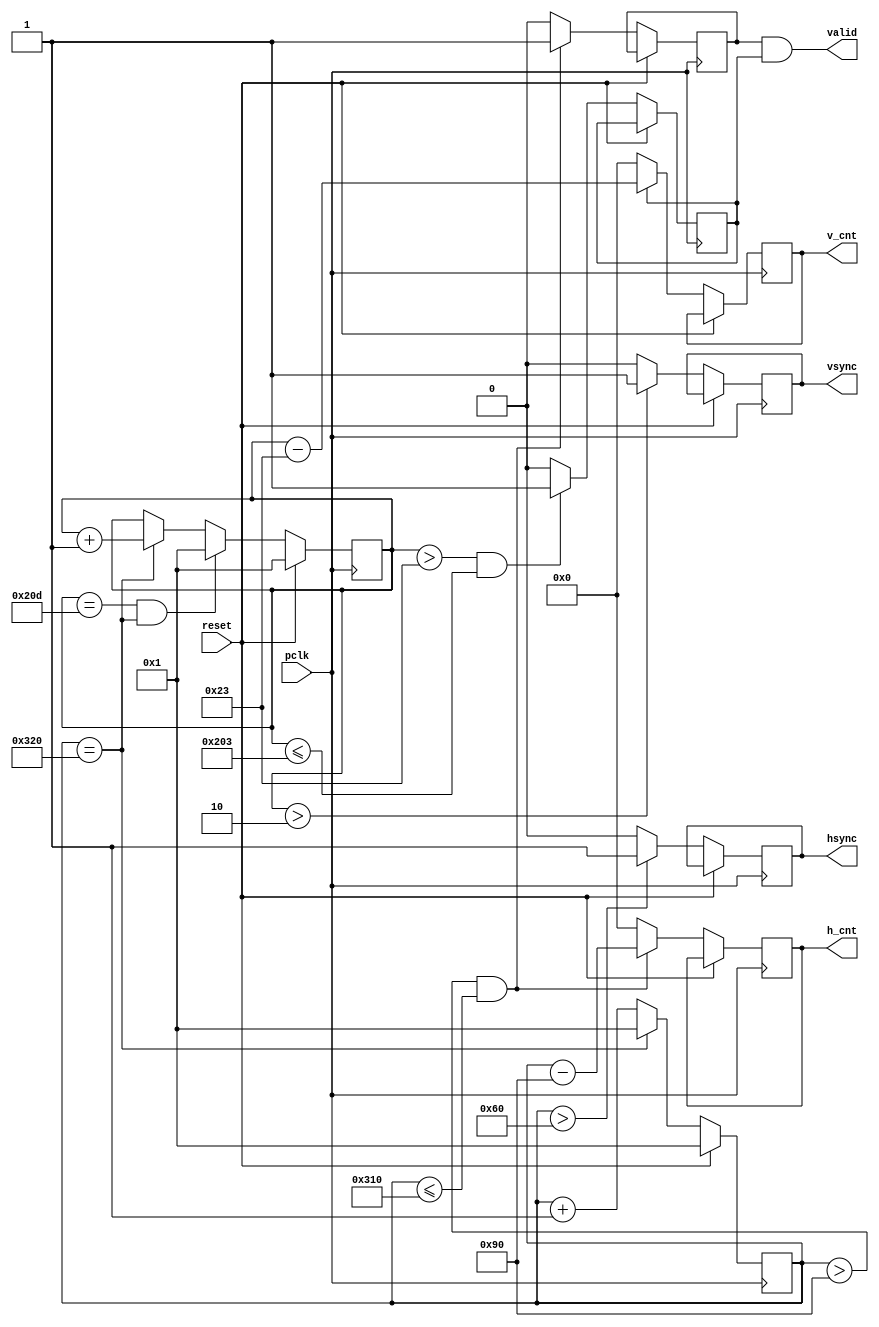
`timescale 1ns / 1ps
//////////////////////////////////////////////////////////////////////////////////
// Company: 
// Engineer: 
// 
// Design Name: 
// Module Name: vga_640x480_vh
// Project Name: 
// Target Devices: 
// Tool Versions: 
// Description: 
// VGAhsyncvsynch_cntv_cnt
// Dependencies: 
// 
// Revision:
// Revision 0.01 - File Created
// Additional Comments:
// 
//////////////////////////////////////////////////////////////////////////////////


module vga_640x480_vh(
	input pclk,
	input reset,
	output hsync,
	output vsync,
	output valid,
	output [9:0] h_cnt,
	output [9:0] v_cnt
	);  
 
   parameter    h_frontporch = 96;
   parameter    h_active = 144;
   parameter    h_backporch = 784;
   parameter    h_total = 800;
   
   parameter    v_frontporch = 2;
   parameter    v_active = 35;
   parameter    v_backporch = 515;
   parameter    v_total = 525;
   
	reg[9:0] x_cnt, y_cnt, v_cnt_in, h_cnt_in;
	reg h_valid, v_valid;
	reg vsync_in, hsync_in;


	always @(posedge pclk) begin
		if(reset) begin
			x_cnt<=10'd1;
			y_cnt<=10'd1;
		end
		else begin
			if (x_cnt==h_total) begin
				x_cnt<=10'd1;
			end 
			else begin
				x_cnt<=x_cnt+1'b1;
			end
			
			if ((y_cnt==v_total) && (x_cnt == h_total)) begin
				y_cnt<=10'd1;
			end 
			else if(x_cnt == h_total) begin
				y_cnt<=y_cnt+1'b1;
			end
			
			if (x_cnt > h_frontporch) begin
				hsync_in<=1'b1;
			end
			else begin
				hsync_in<=1'b0;
			end
			
			if (y_cnt > v_frontporch) begin
				vsync_in<=1'b1;
			end
			else begin
				vsync_in<=1'b0;
			end		
		
			if ((x_cnt > h_active) && (x_cnt<=h_backporch)) begin
				h_valid<=1'b1;
			end
			else begin
				h_valid<=1'b0;
			end
			if ((y_cnt > v_active) && (y_cnt<=v_backporch)) begin
				v_valid<=1'b1;
			end
			else begin
				v_valid<=1'b0;
			end		
			if ((x_cnt > h_active) && (x_cnt<=h_backporch))  begin
				h_cnt_in<=x_cnt-h_active;
			end
			else begin
				h_cnt_in<=10'd0;
			end
			if (v_valid==1'b1) begin
				v_cnt_in<=y_cnt-v_active;
			end
			else begin
				v_cnt_in<=10'd0;
			end		
		end
	end
	
	assign valid = (h_valid & v_valid);
	assign vsync = vsync_in;
	assign hsync = hsync_in;
	assign h_cnt = h_cnt_in;
	assign v_cnt = v_cnt_in;
  
endmodule